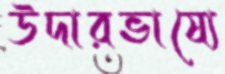
উদারভাষ্যে